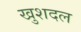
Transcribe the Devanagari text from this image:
खुशदल